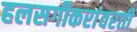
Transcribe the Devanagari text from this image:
हलसगीकरांवरती